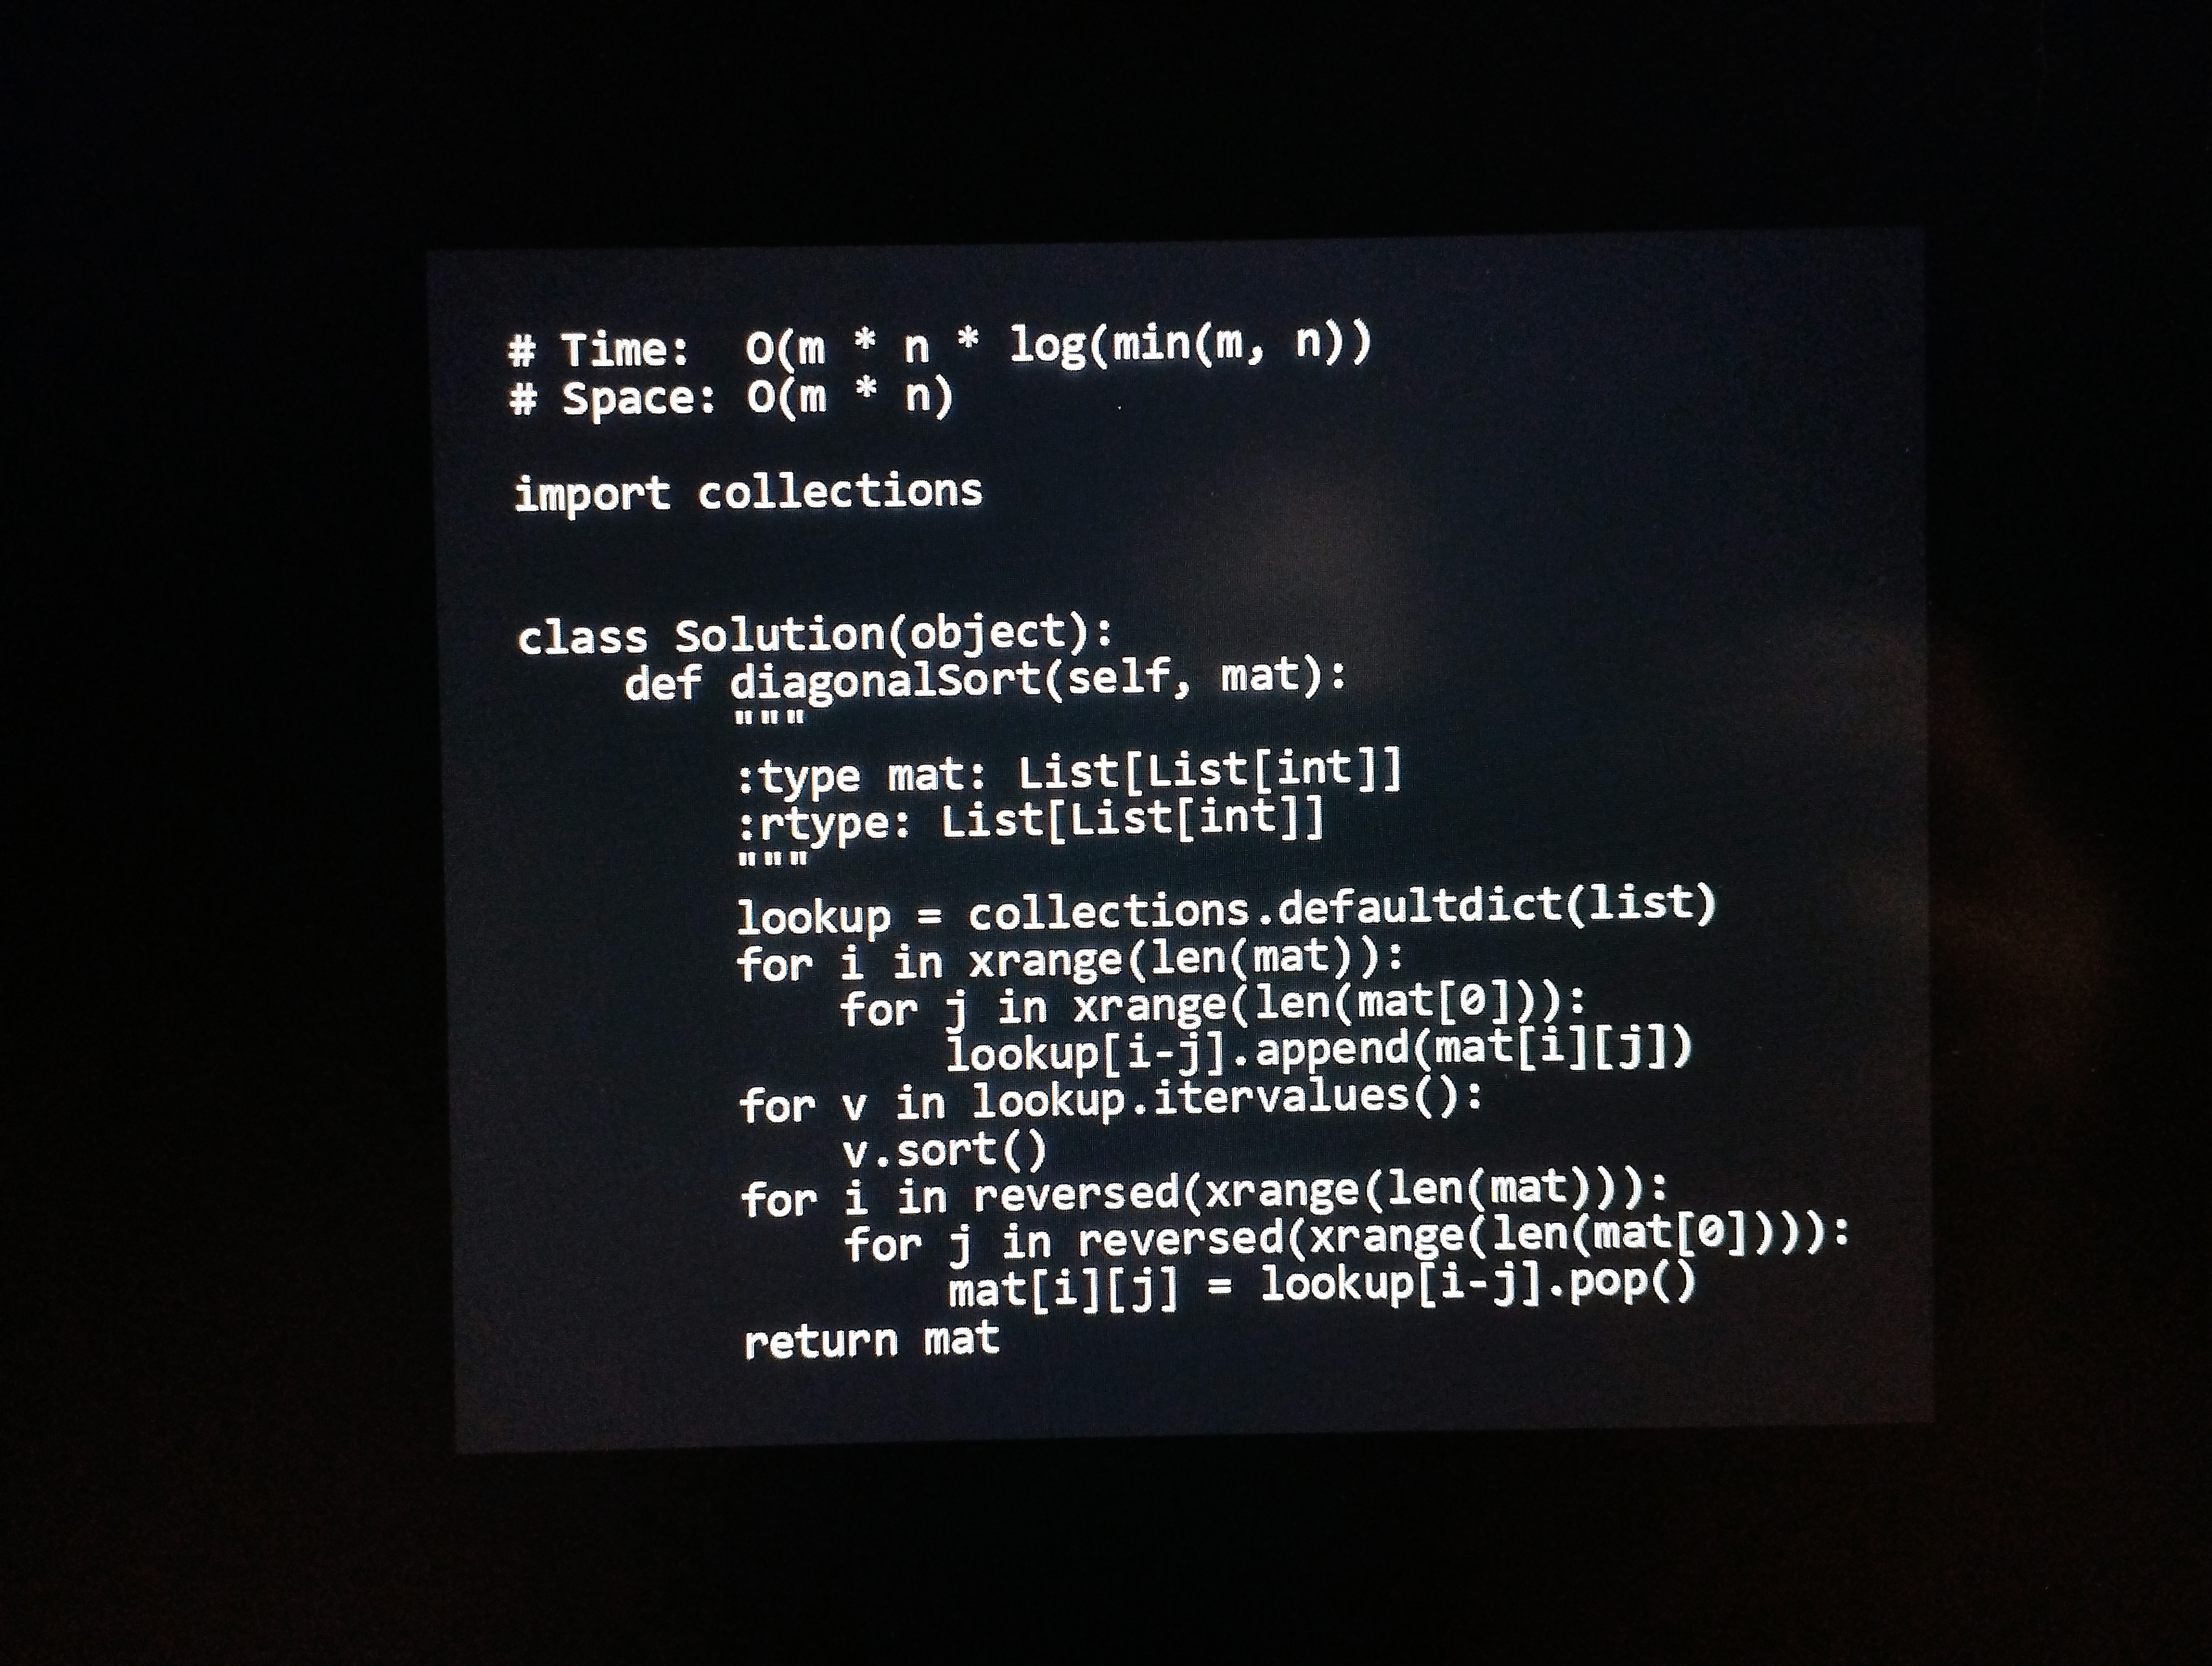
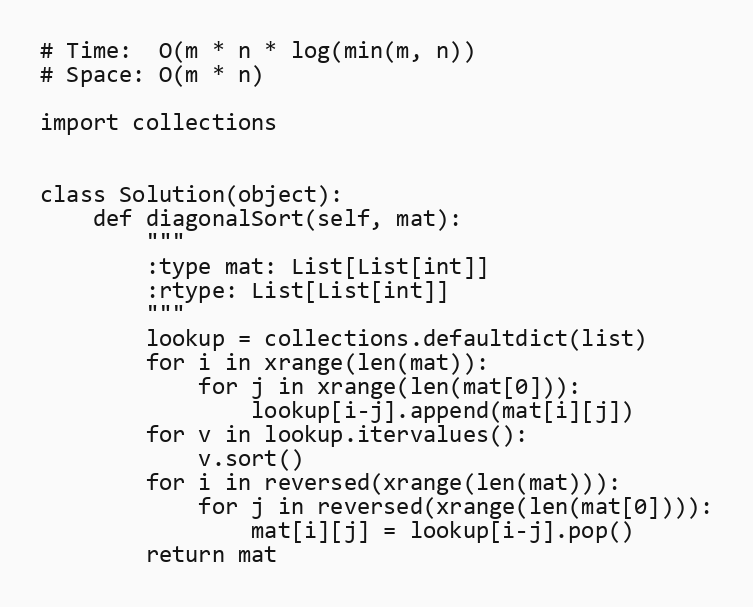
# Time:  O(m * n * log(min(m, n))
# Space: O(m * n)

import collections

class Solution(object):
    def diagonalSort(self, mat):
        """
        :type mat: List[List[int]]
        :rtype: List[List[int]]
        """
        lookup = collections.defaultdict(list)
        for i in xrange(len(mat)):
            for j in xrange(len(mat[0])):
                lookup[i-j].append(mat[i][j])
        for v in lookup.itervalues():
            v.sort()
        for i in reversed(xrange(len(mat))):
            for j in reversed(xrange(len(mat[0]))):
                mat[i][j] = lookup[i-j].pop()
        return mat